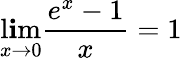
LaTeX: \operatorname*{l\mathbf{i}m}_{x\to0}{\frac{{e^{x}-1}}{{x}}}=1